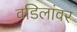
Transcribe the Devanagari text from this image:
वडिलांवर